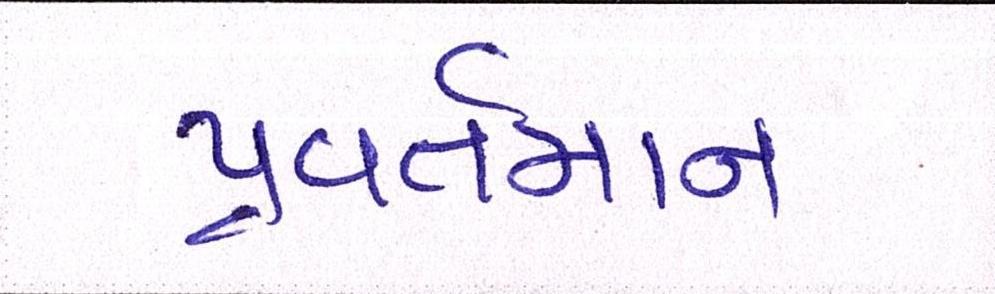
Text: પ્રવર્તમાન